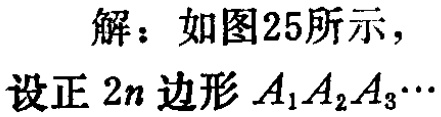
解：如图25所示，
设正 \(2n\) 边形 \(A_{1}A_{2}A_{3}\cdots\)